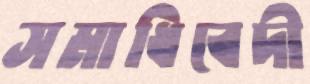
সমাধিবেদী